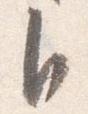
自